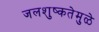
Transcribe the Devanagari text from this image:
जलशुष्कतेमुळे